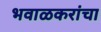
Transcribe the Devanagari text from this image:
भवाळकरांचा